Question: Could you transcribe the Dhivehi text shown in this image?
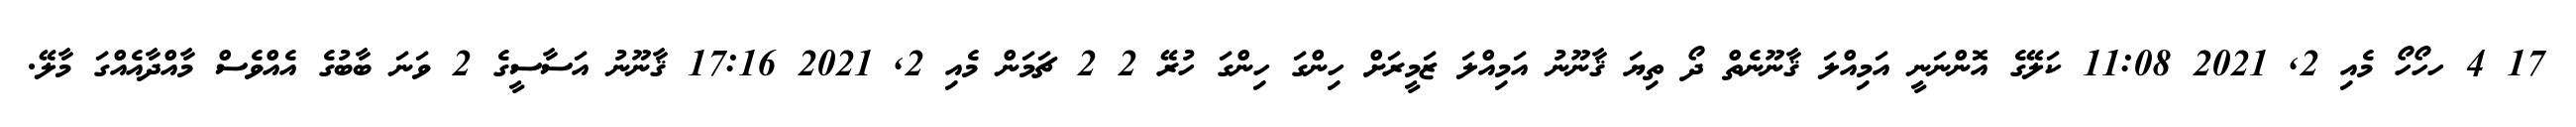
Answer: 17 4 ހހޯހޯ މެއި 2, 2021 11:08 ކަލޭގެ އޮންނަނީ އަމިއްލަ ޤާނޫނެތް ދޯ ތިޔަ ޤާނޫނު އަމިއްލަ ޒަމީރަށް ހިންގަ ހިންގަ ހުރޭ 2 2 ޗަމަން މެއި 2, 2021 17:16 ޤާނޫނު އަސާސީގެ 2 ވަނަ ބާބުގެ އެއްވެސް މާއްދާއެއްގަ މާލޭ.